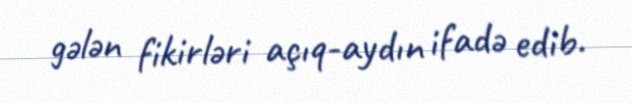
gələn fikirləri açıq-aydın ifadə edib.